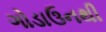
ગોડાઉનથી